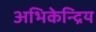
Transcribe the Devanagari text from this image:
अभिकेन्द्रिय